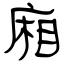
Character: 廂